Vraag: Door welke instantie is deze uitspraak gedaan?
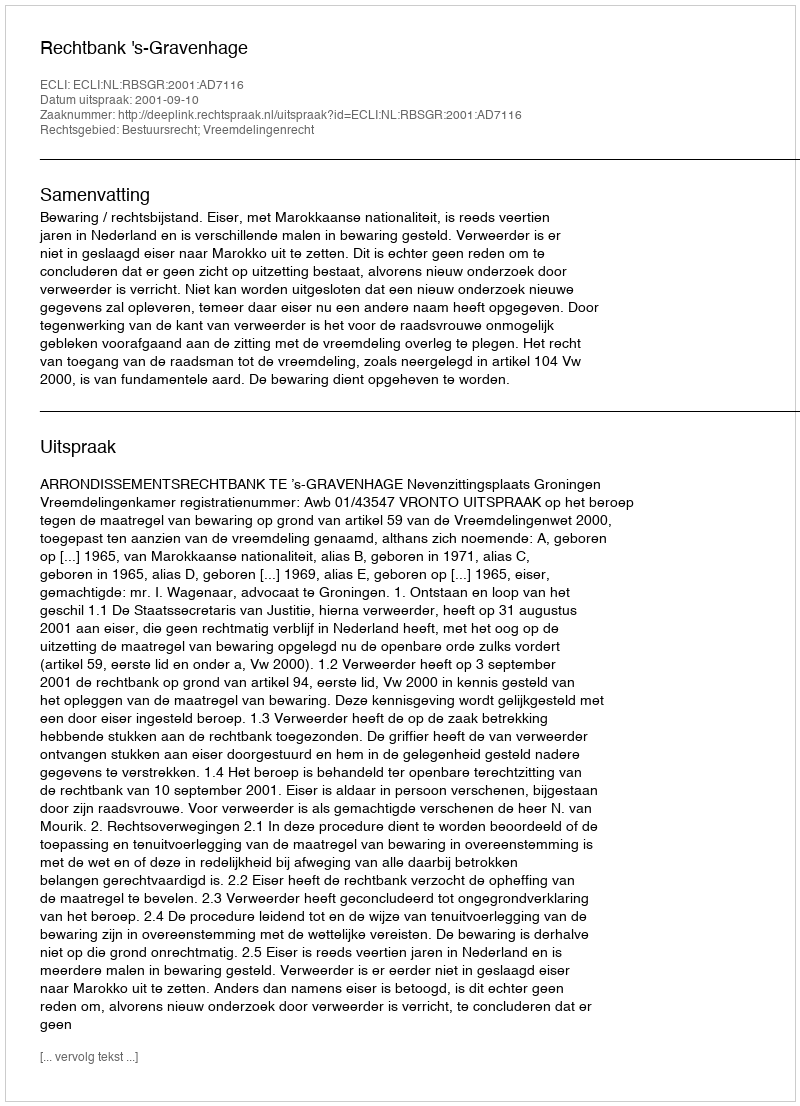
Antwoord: Rechtbank 's-Gravenhage